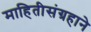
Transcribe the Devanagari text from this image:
माहितीसंग्रहाने